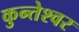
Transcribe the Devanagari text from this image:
कुन्‍तेश्‍वर